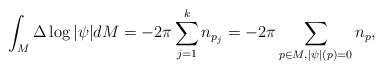
\begin{align*}\int_M\Delta\log|\psi|dM=-2\pi\sum_{j=1}^kn_{p_j}=-2\pi\sum_{p\in M,|\psi|(p)=0}n_p,\end{align*}